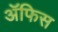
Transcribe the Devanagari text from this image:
ॲफिस